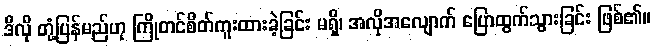
ဒီလို တုံ့ပြန်မည်ဟု ကြိုတင်စိတ်ကူးထားခဲ့ခြင်း မရှိ၊ အလိုအလျောက် ပြောထွက်သွားခြင်း ဖြစ်၏။